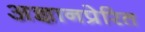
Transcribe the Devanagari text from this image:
अज्ञानप्रेरित